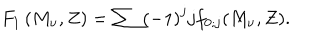
F _ { 1 } \left( M _ { \nu } , Z \right) = \sum \left( - 1 \right) ^ { j } j f _ { 0 ; j } ( M _ { \nu } , Z ) .